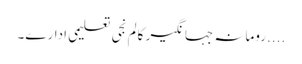
....رومانہ جہانگیر کالم	نجی تعلیمی ادارے۔